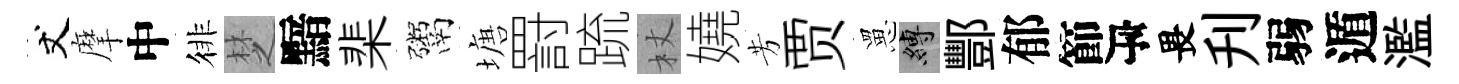
丈摩中徘椘黯棐鬻塘罸䟽杖嬈芳贾罳縛酆郁節瓴畏刋弱遁濫